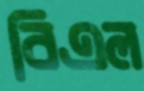
বিএল